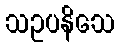
သဥပနိသေ